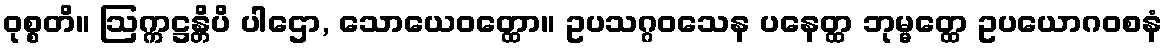
ဝုစ္စတိ။ ဩက္ကဋ္ဌန္တိပိ ပါဌော, သောယေဝတ္ထော။ ဥပသဂ္ဂဝသေန ပနေတ္ထ ဘုမ္မတ္ထေ ဥပယောဂဝစနံ